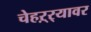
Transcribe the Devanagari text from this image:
चेहऱ्र्‍यावर